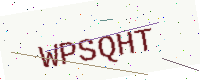
Text: WPSQHT